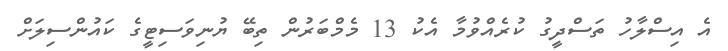
އެ އިސްލާހު ތަސްދީގު ކުރެއްވުމާ އެކު 13 މެމްބަރުން ތިބޭ ޔުނިވަސިޓީގެ ކައުންސިލަށް